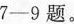
7-9题。